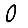
Digit: 0